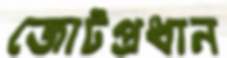
জোটপ্রধান